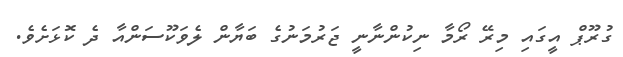
ގުރޫޕް އީގައި މިރޭ ރޯމާ ނިކުންނާނީ ޖަރުމަނުގެ ބަޔާން ލެވަކޫސަންއާ ދެ ކޮޅަށެވެ.